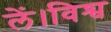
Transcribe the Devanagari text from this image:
लें।विश्व